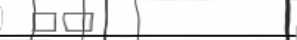
٦٦